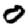
Digit: 0